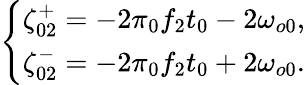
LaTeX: \left\{ \begin{array}{c}{\zeta_{02}^{+}=-2\pi\phantom{}_{0}f_{2}t_{0}-2\omega_{o0},}\\ {\zeta_{02}^{-}=-2\pi\phantom{}_{0}f_{2}t_{0}+2\omega_{o0}.}\end{array}\right.